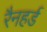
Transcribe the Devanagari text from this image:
रैनहर्ड